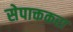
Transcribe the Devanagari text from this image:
सेपाक्तकरा